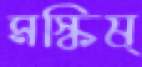
মস্কিষ্